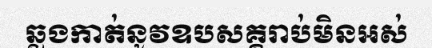
ឆ្លងកាត់នូវឧបសគ្គរាប់មិនអស់